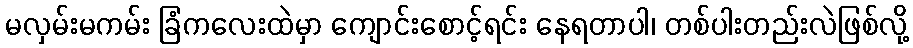
မလှမ်းမကမ်း ခြံကလေးထဲမှာ ကျောင်းစောင့်ရင်း နေရတာပါ၊ တစ်ပါးတည်းလဲဖြစ်လို့